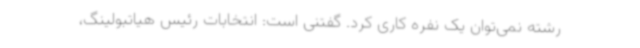
رشته نمی‌توان یک نفره کاری کرد. گفتنی است: انتخابات رئیس هیاتبولینگ،